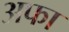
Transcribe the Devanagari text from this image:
अफा